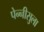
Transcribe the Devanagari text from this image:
पेन्‍नीसुला